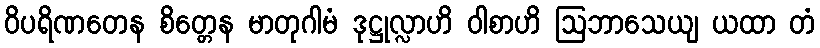
ဝိပရိဏတေန စိတ္တေန မာတုဂါမံ ဒုဋ္ဌုလ္လာဟိ ဝါစာဟိ ဩဘာသေယျ ယထာ တံ